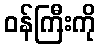
ဝန်ကြီးကို